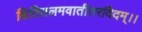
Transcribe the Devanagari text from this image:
क्षितितलमवातीतरदिदम्।।